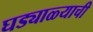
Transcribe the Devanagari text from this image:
घड्याळ्याची